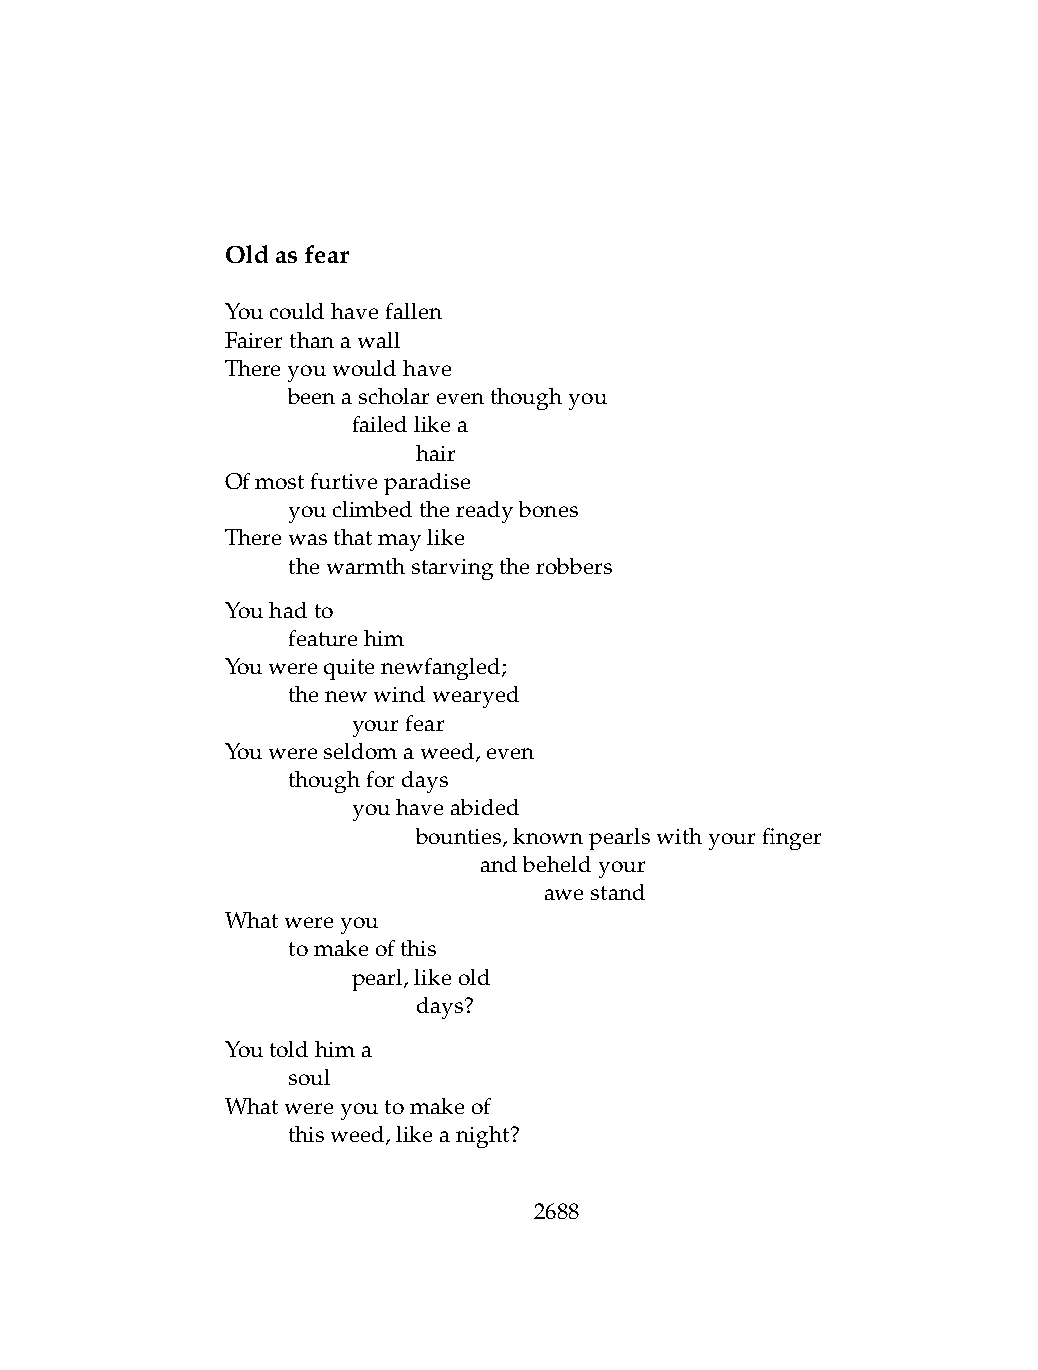
Oldasfear
 Youcouldhavefallen
 Fairerthanawall
 Thereyouwouldhave
 .   beenascholareventhoughyou
 .   .   failedlikea
 .   .   .    hair
 Ofmostfurtiveparadise
 .   youclimbedthereadybones
 Therewasthatmaylike
 .   thewarmthstarvingtherobbers
 Youhadto
 .   featurehim
 Youwerequitenewfangled;
 .   thenewwindwearyed
 .   .   yourfear
 Youwereseldomaweed,even
 .   thoughfordays
 .   .   youhaveabided
 .   .   .    bounties,knownpearlswithyourfinger
 .   .   .    .   andbeheldyour
 .   .   .    .   .   awestand
 Whatwereyou
 .   tomakeofthis
 .   .   pearl,likeold
 .   .   .    days?
 Youtoldhima
 .   soul
 Whatwereyoutomakeof
 .   thisweed,likeanight?
 2688